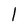
Character: l